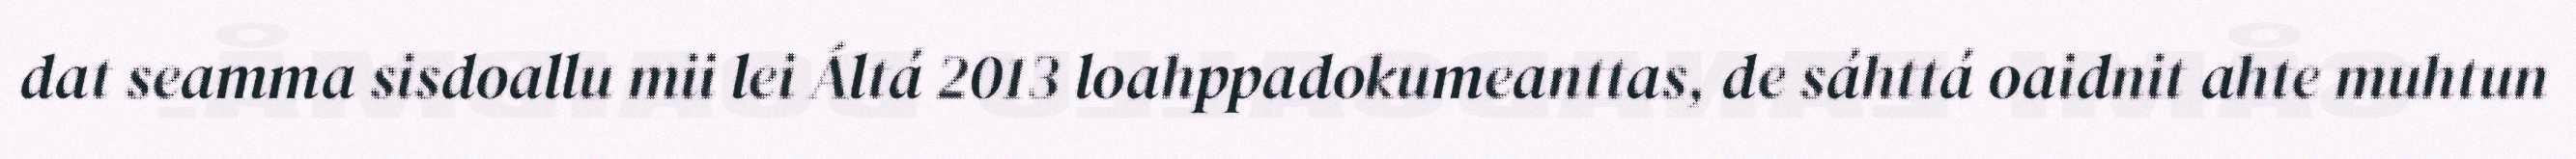
dat seamma sisdoallu mii lei Áltá 2013 loahppadokumeanttas, de sáhttá oaidnit ahte muhtun